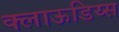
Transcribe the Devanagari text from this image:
क्लाऊडिय्स